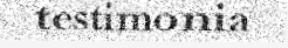
testimonia